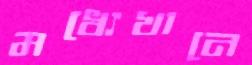
মধ্যেখানে